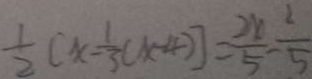
\frac { 1 } { 2 } ( x - \frac { 1 } { 3 } ( x - 4 ) ] = \frac { 2 x } { 5 } - \frac { 2 } { 5 }